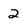
Character: 2